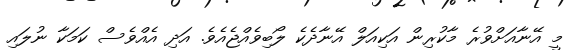
މީ އޭނާއަށްވުރެ މާކުރިން އަކިއަލް އޭނާދެކެ ލޯބިވެއްޖެއެވެ. އަދި އެއްވެސް ކަމަކާ ނުލައި